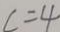
C = 4